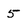
Character: 5